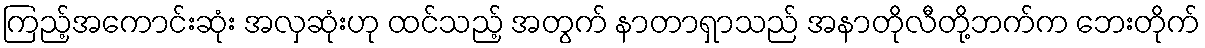
ကြည့်အကောင်းဆုံး အလှဆုံးဟု ထင်သည့် အတွက် နာတာရှာသည် အနာတိုလီတို့ဘက်က ဘေးတိုက်